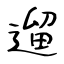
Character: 遛